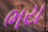
ભય